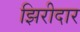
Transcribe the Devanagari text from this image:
झिरीदार